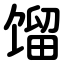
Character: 馏